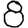
Digit: 8